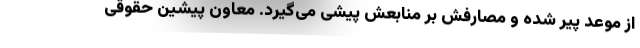
از موعد پیر شده و مصارفش بر منابعش پیشی می‌گیرد. معاون پیشین حقوقی